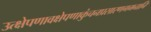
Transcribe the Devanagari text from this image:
उत्क्षेपणावक्षेपणाकुंचनप्रसारणगमनानि